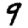
Digit: 9